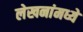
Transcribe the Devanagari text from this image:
लेखनांमध्ये